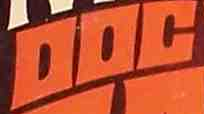
DOC